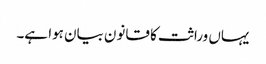
یہاں وراثت کا قانون بیان ہوا ہے۔